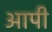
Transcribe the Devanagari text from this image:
आपी